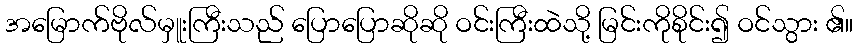
အမြောက်ဗိုလ်မှူးကြီးသည် ပြောပြောဆိုဆို ဝင်းကြီးထဲသို့ မြင်းကိုစိုင်း၍ ဝင်သွား ၏။